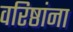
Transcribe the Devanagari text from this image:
वरिष्ठांना